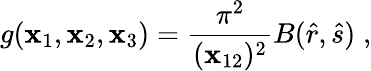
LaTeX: g(\mathbf{x}_{1},\mathbf{x}_{2},\mathbf{x}_{3})=\frac{{\pi^{2}}}{{(\mathbf{x}_{12})^{2}}}B(\hat{{r}},\hat{{s}})\; ,